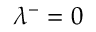
\lambda ^ { - } = 0